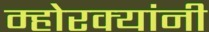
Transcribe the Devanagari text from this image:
म्होरक्‍यांनी